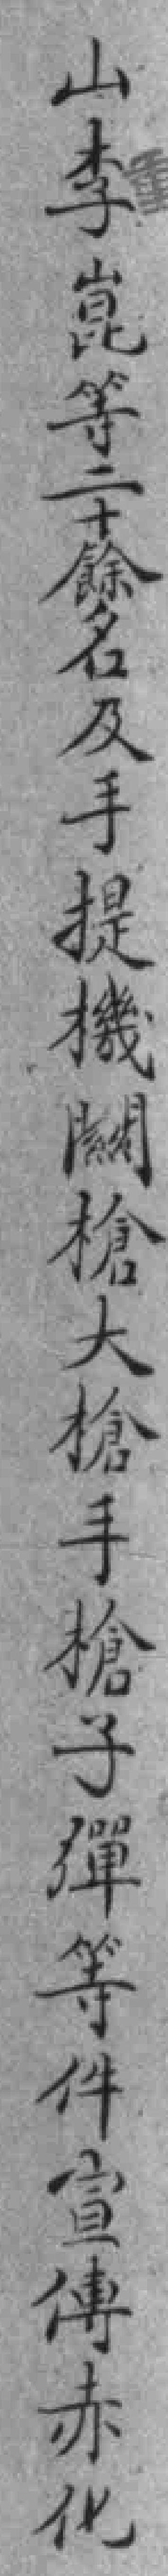
山李崑等二十餘名及手提機闗槍大槍手槍子彈等件宣傳赤化